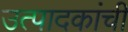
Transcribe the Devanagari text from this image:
उत्पादकांची